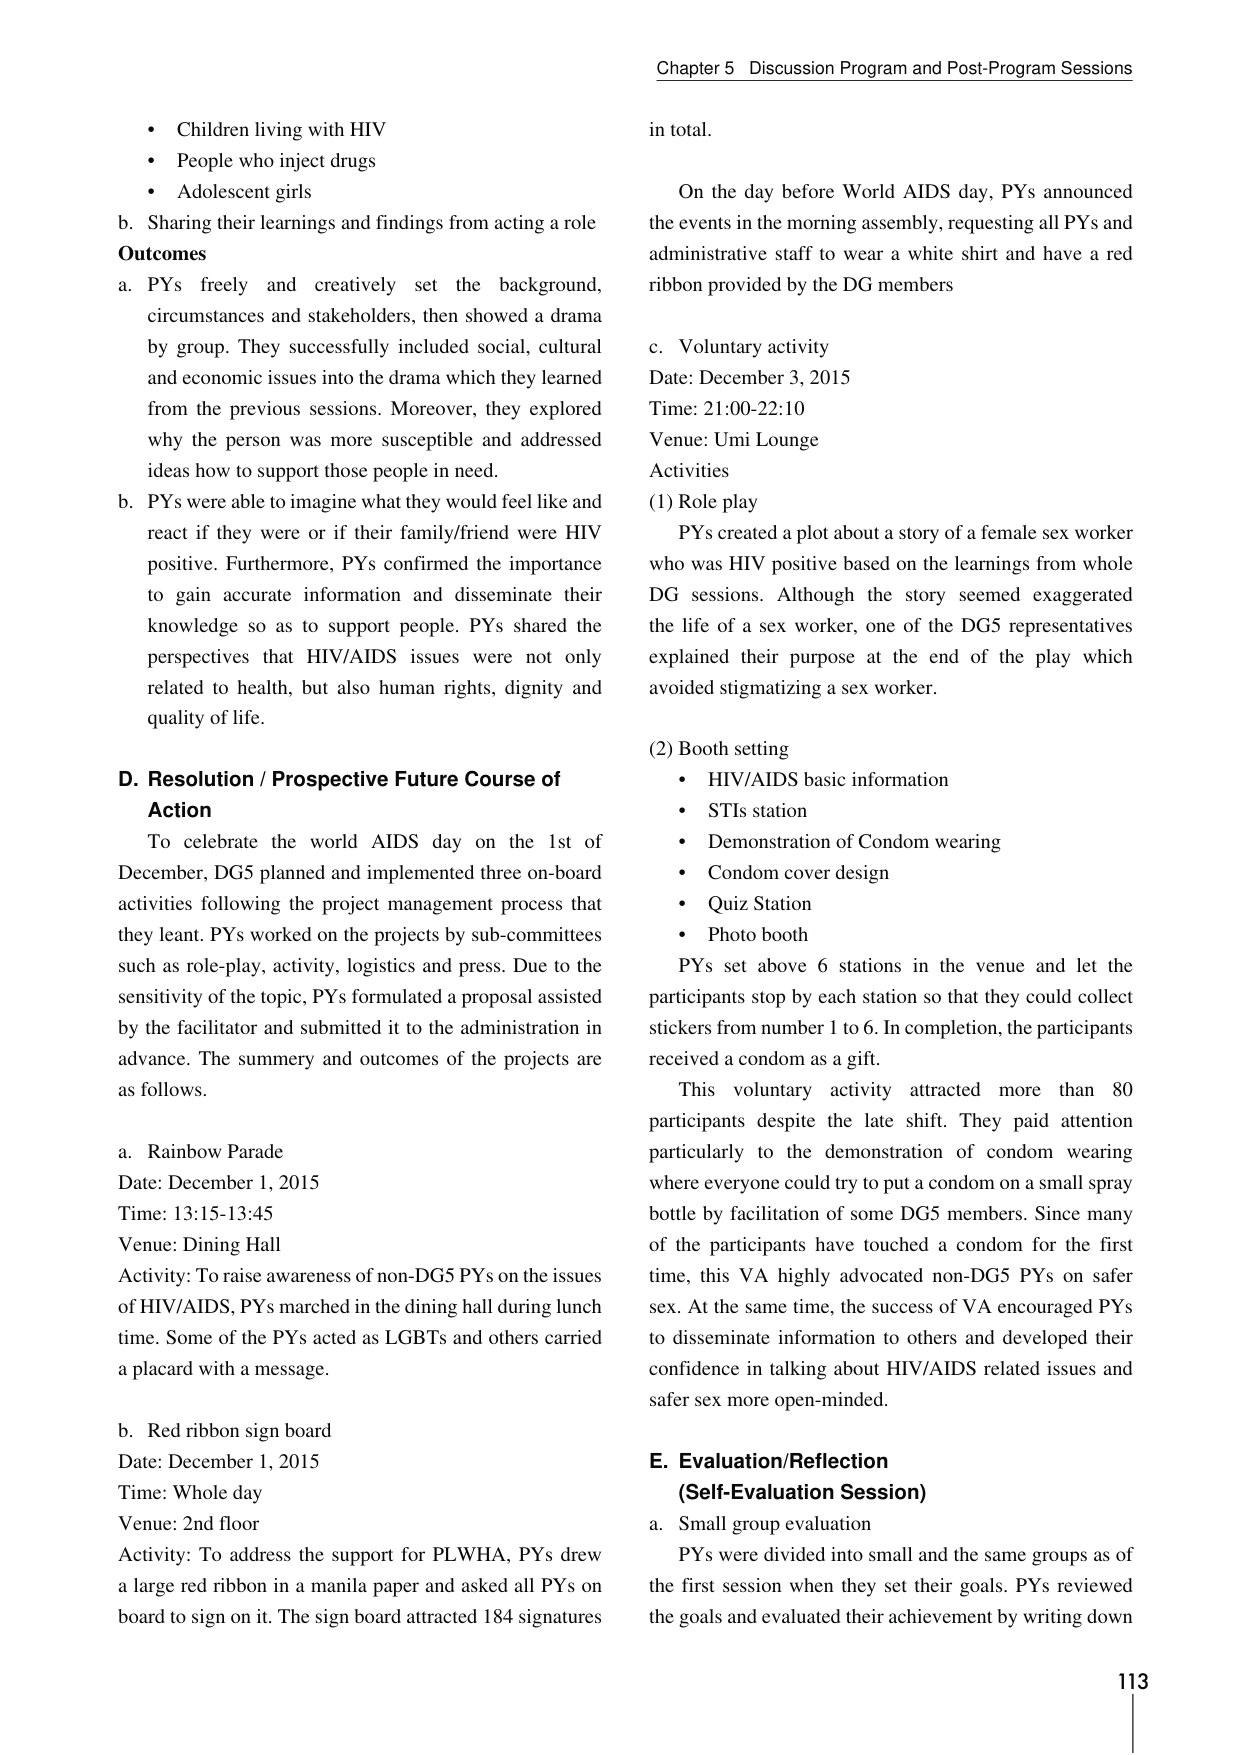
Chapter 5 Discussion Program and Post-Program Sessions

• Children living with HIV
• People who inject drugs
• Adolescent girls

b. Sharing their learnings and findings from acting a role

Outcomes
a. PYs freely and creatively set the background, circumstances and stakeholders, then showed a drama by group. They successfully included social, cultural and economic issues into the drama which they learned from the previous sessions. Moreover, they explored why the person was more susceptible and addressed ideas how to support those people in need.
b. PYs were able to imagine what they would feel like and react if they were or if their family/friend were HIV positive. Furthermore, PYs confirmed the importance to gain accurate information and disseminate their knowledge so as to support people. PYs shared the perspectives that HIV/AIDS issues were not only related to health, but also human rights, dignity and quality of life.

D. Resolution / Prospective Future Course of Action
To celebrate the world AIDS day on the 1st of December, DG5 planned and implemented three on-board activities following the project management process that they leant. PYs worked on the projects by sub-committees such as role-play, activity, logistics and press. Due to the sensitivity of the topic, PYs formulated a proposal assisted by the facilitator and submitted it to the administration in advance. The summary and outcomes of the projects are as follows.

a. Rainbow Parade
Date: December 1, 2015
Time: 13:15-13:45
Venue: Dining Hall
Activity: To raise awareness of non-DG5 PYs on the issues of HIV/AIDS, PYs marched in the dining hall during lunch time. Some of the PYs acted as LGBTs and others carried a placard with a message.

b. Red ribbon sign board
Date: December 1, 2015
Time: Whole day
Venue: 2nd floor
Activity: To address the support for PLWHA, PYs drew a large red ribbon in a manila paper and asked all PYs on board to sign on it. The sign board attracted 184 signatures in total.

On the day before World AIDS day, PYs announced the events in the morning assembly, requesting all PYs and administrative staff to wear a white shirt and have a red ribbon provided by the DG members

c. Voluntary activity
Date: December 3, 2015
Time: 21:00-22:10
Venue: Umi Lounge
Activities
(1) Role play
PYs created a plot about a story of a female sex worker who was HIV positive based on the learnings from whole DG sessions. Although the story seemed exaggerated the life of a sex worker, one of the DG5 representatives explained their purpose at the end of the play which avoided stigmatizing a sex worker.

(2) Booth setting
• HIV/AIDS basic information
• STIs station
• Demonstration of Condom wearing
• Condom cover design
• Quiz Station
• Photo booth
PYs set above 6 stations in the venue and let the participants stop by each station so that they could collect stickers from number 1 to 6. In completion, the participants received a condom as a gift.
This voluntary activity attracted more than 80 participants despite the late shift. They paid attention particularly to the demonstration of condom wearing where everyone could try to put a condom on a small spray bottle by facilitation of some DG5 members. Since many of the participants have touched a condom for the first time, this VA highly advocated non-DG5 PYs on safer sex. At the same time, the success of VA encouraged PYs to disseminate information to others and developed their confidence in talking about HIV/AIDS related issues and safer sex more open-minded.

E. Evaluation/Reflection
(Self-Evaluation Session)
a. Small group evaluation
PYs were divided into small and the same groups as of the first session when they set their goals. PYs reviewed the goals and evaluated their achievement by writing down

113